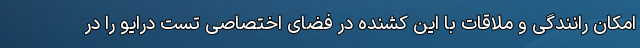
امکان رانندگی و ملاقات با این کشنده در فضای اختصاصی تست درایو را در